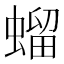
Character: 䗜